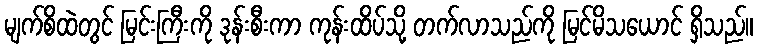
မျက်စိထဲတွင် မြင်းကြီးကို ဒုန်းစီးကာ ကုန်းထိပ်သို့ တက်လာသည်ကို မြင်မိသယောင် ရှိသည်။